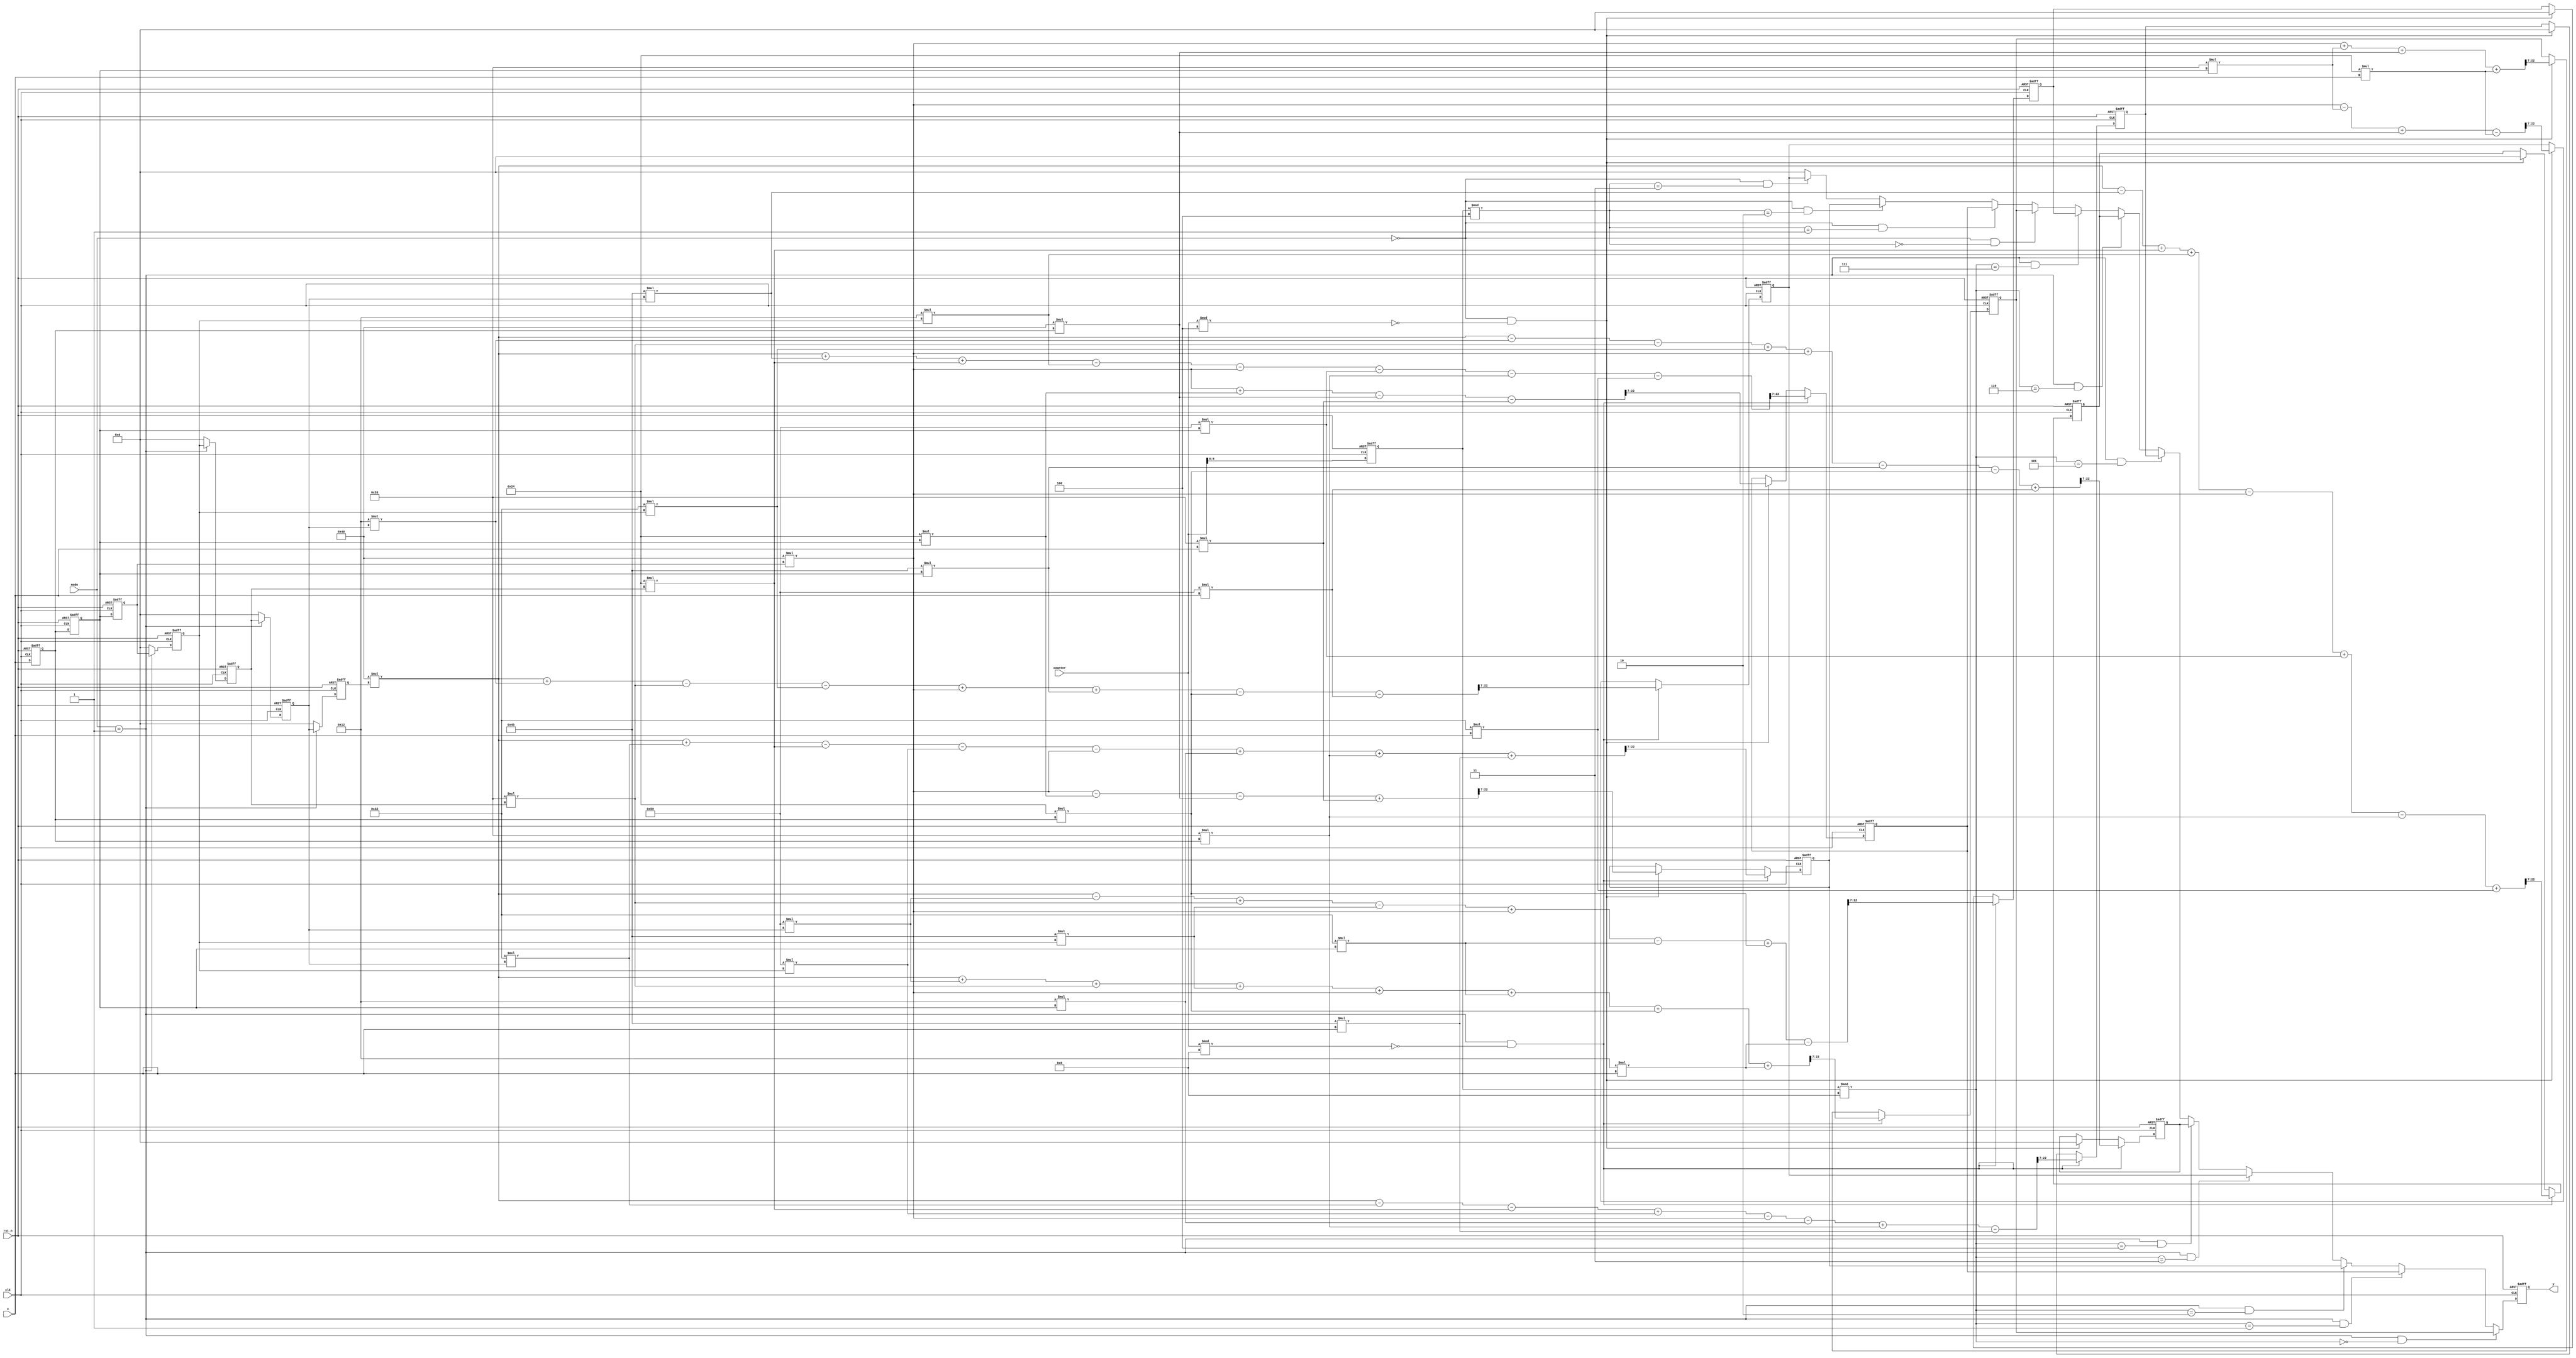
//module:idct_row

module idct_row(
		clk,
		rst_n,
		x,
		y,
		mode,
		counter
		);
		
input wire clk,rst_n;
input wire signed[15:0]x;
input wire [1:0]mode;
input wire [7:0]counter;
output reg signed[15:0]y;

reg signed[15:0]x1;
reg signed[15:0]x2;
reg signed[15:0]x3;
reg signed[15:0]x4;
reg signed[15:0]x5;
reg signed[15:0]x6;
reg signed[15:0]x7;
reg signed[15:0]y0;
reg signed[15:0]y1;
reg signed[15:0]y2;
reg signed[15:0]y3;
reg signed[15:0]y4;
reg signed[15:0]y5;
reg signed[15:0]y6;
reg signed[15:0]y7;
//reg [6:0]counter;
reg [6:0]counter_reg;
//reg [3:0]counter4;
//reg [3:0]counter4_reg;

always@(posedge clk or negedge rst_n)
if(!rst_n)
	counter_reg<=7'd1;
else
	counter_reg<=counter;
/*
always@(posedge clk or negedge rst_n)
if(!rst_n)
	counter4<=4'b0;
else if(counter4<16)
	counter4<=counter4+1;
else
	counter4<=4'b1;

always@(posedge clk or negedge rst_n)
if(!rst_n)
	counter4_reg<=4'b0;
else
	counter4_reg<=counter4;
*/
//*****************************delay**********************************\\\\
always@(posedge clk or negedge rst_n)
if(!rst_n)
	x1<=16'b0;
else
	x1<=x;
	
always@(posedge clk or negedge rst_n)
if(!rst_n)
	x2<=16'b0;
else
	x2<=x1;
	
always@(posedge clk or negedge rst_n)
if(!rst_n)
	x3<=16'b0;
else
	x3<=x2;
	
always@(posedge clk or negedge rst_n)
if(!rst_n)
	x4<=16'b0;
else if(mode == 2'b01)
	x4<=x3;
else
	x4<=16'b0;
	
always@(posedge clk or negedge rst_n)
if(!rst_n)
	x5<=16'b0;
else if(mode == 2'b01)
	x5<=x4;
else
	x5<=16'b0;
	
always@(posedge clk or negedge rst_n)
if(!rst_n)
	x6<=16'b0;
else if(mode == 2'b01)
	x6<=x5;
else
	x6<=16'b0;
	
always@(posedge clk or negedge rst_n)
if(!rst_n)
	x7<=16'b0;
else if(mode == 2'b01)
	x7<=x6;
else
	x7<=16'b0;
	
//*****************************matrix**********************************\\\\
always@(posedge clk or negedge rst_n)
if(!rst_n)
begin
	y0<=16'b0;
	y1<=16'b0;
	y2<=16'b0;
	y3<=16'b0;
	y4<=16'b0;
	y5<=16'b0;
	y6<=16'b0;
	y7<=16'b0;
end
else if(mode == 2'b01 && counter % 8 == 0)					
begin	

	y0<=(64*x7+89*x6+83*x5+75*x4+64*x3+50*x2+36*x1+18*x)>>7;
	y1<=(64*x7+75*x6+36*x5-18*x4-64*x3-89*x2-83*x1-50*x)>>7;
	y2<=(64*x7+50*x6-36*x5-89*x4-64*x3+18*x2+83*x1+75*x)>>7;
	y3<=(64*x7+18*x6-83*x5-50*x4+64*x3+75*x2-36*x1-89*x)>>7;
	y4<=(64*x7-18*x6-83*x5+50*x4+64*x3-75*x2-36*x1+89*x)>>7;
	y5<=(64*x7-50*x6-36*x5+89*x4-64*x3-18*x2+83*x1-75*x)>>7;
	y6<=(64*x7-75*x6+36*x5+18*x4-64*x3+89*x2-83*x1+50*x)>>7;
	y7<=(64*x7-89*x6+83*x5-75*x4+64*x3-50*x2+36*x1-18*x)>>7;
/*
	y0<=(64*x7+89*x6+83*x5+75*x4+64*x3+50*x2+36*x1+18*x)/128;
	y1<=(64*x7+75*x6+36*x5-18*x4-64*x3-89*x2-83*x1-50*x)/128;
	y2<=(64*x7+50*x6-36*x5-89*x4-64*x3+18*x2+83*x1+75*x)/128;
	y3<=(64*x7+18*x6-83*x5-50*x4+64*x3+75*x2-36*x1-89*x)/128;
	y4<=(64*x7-18*x6-83*x5+50*x4+64*x3-75*x2-36*x1+89*x)/128;
	y5<=(64*x7-50*x6-36*x5+89*x4-64*x3-18*x2+83*x1-75*x)/128;
	y6<=(64*x7-75*x6+36*x5+18*x4-64*x3+89*x2-83*x1+50*x)/128;
	y7<=(64*x7-89*x6+83*x5-75*x4+64*x3-50*x2+36*x1-18*x)/128;*/
end
else if(mode == 2'b0 && counter % 4 == 0)
begin
	y0<=(64*x3+83*x2+64*x1+36*x)>>7;
	y1<=(64*x3+36*x2-64*x1-83*x)>>7;
	y2<=(64*x3-36*x2-64*x1+83*x)>>7;
	y3<=(64*x3-83*x2+64*x1-36*x)>>7;
	y4<=16'b0;
	y5<=16'b0;
	y6<=16'b0;
	y7<=16'b0;
end	
else
begin
	y0<=y0;
	y1<=y1;
	y2<=y2;
	y3<=y3;
	y4<=y4;
	y5<=y5;
	y6<=y6;
	y7<=y7;
end

//******************************P2S***********************************\\\\
always@(posedge clk or negedge rst_n)
if(!rst_n)
	y<=16'b0;
else if(mode == 2'b01 && counter_reg%8==0)
	y<=y0;
else if(mode == 2'b01 && counter_reg%8==1)
	y<=y1;
else if(mode == 2'b01 && counter_reg%8==2)
	y<=y2;
else if(mode == 2'b01 && counter_reg%8==3)
	y<=y3;
else if(mode == 2'b01 && counter_reg%8==4)
	y<=y4;
else if(mode == 2'b01 && counter_reg%8==5)
	y<=y5;
else if(mode == 2'b01 && counter_reg%8==6)
	y<=y6;
else if(mode == 2'b01 && counter_reg%8==7)
	y<=y7;
else if(mode == 2'b0 && counter_reg%4==0)
	y<=y0;
else if(mode == 2'b0 && counter_reg%4==1)
	y<=y1;
else if(mode == 2'b0 && counter_reg%4==2)
	y<=y2;
else if(mode == 2'b0 && counter_reg%4==3)
	y<=y3;
else
	y<=16'b0;
	
endmodule